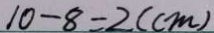
1 0 - 8 = 2 ( c m )